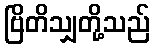
ဗြိတိသျှတို့သည်